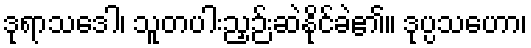
ဒုရာသဒေါ၊ သူတပါးညှဉ်းဆဲနိုင်ခဲ၏။ ဒုပ္ပသဟော၊